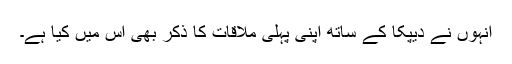
انہوں نے دیپکا کے ساتھ اپنی پہلی ملاقات کا ذکر بھی اس میں کیا ہے۔